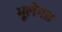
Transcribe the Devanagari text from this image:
भूलेगा।